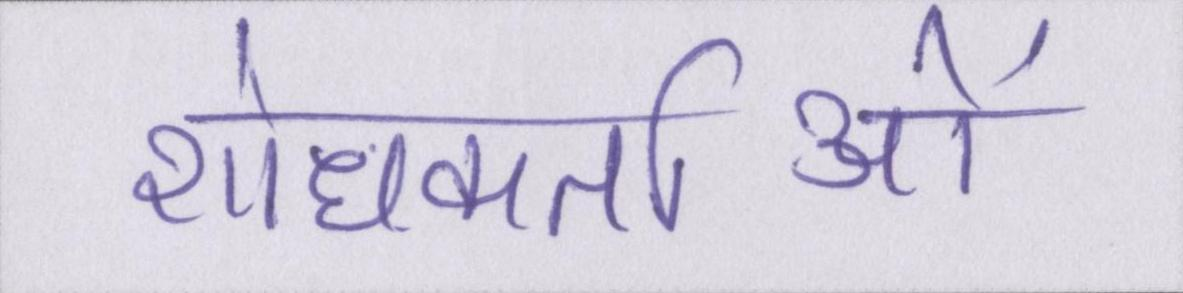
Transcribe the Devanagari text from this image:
शोधकर्ताओं